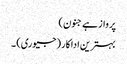
پرواز ہے جنون)
بہترین اداکار (جیوری) ۔